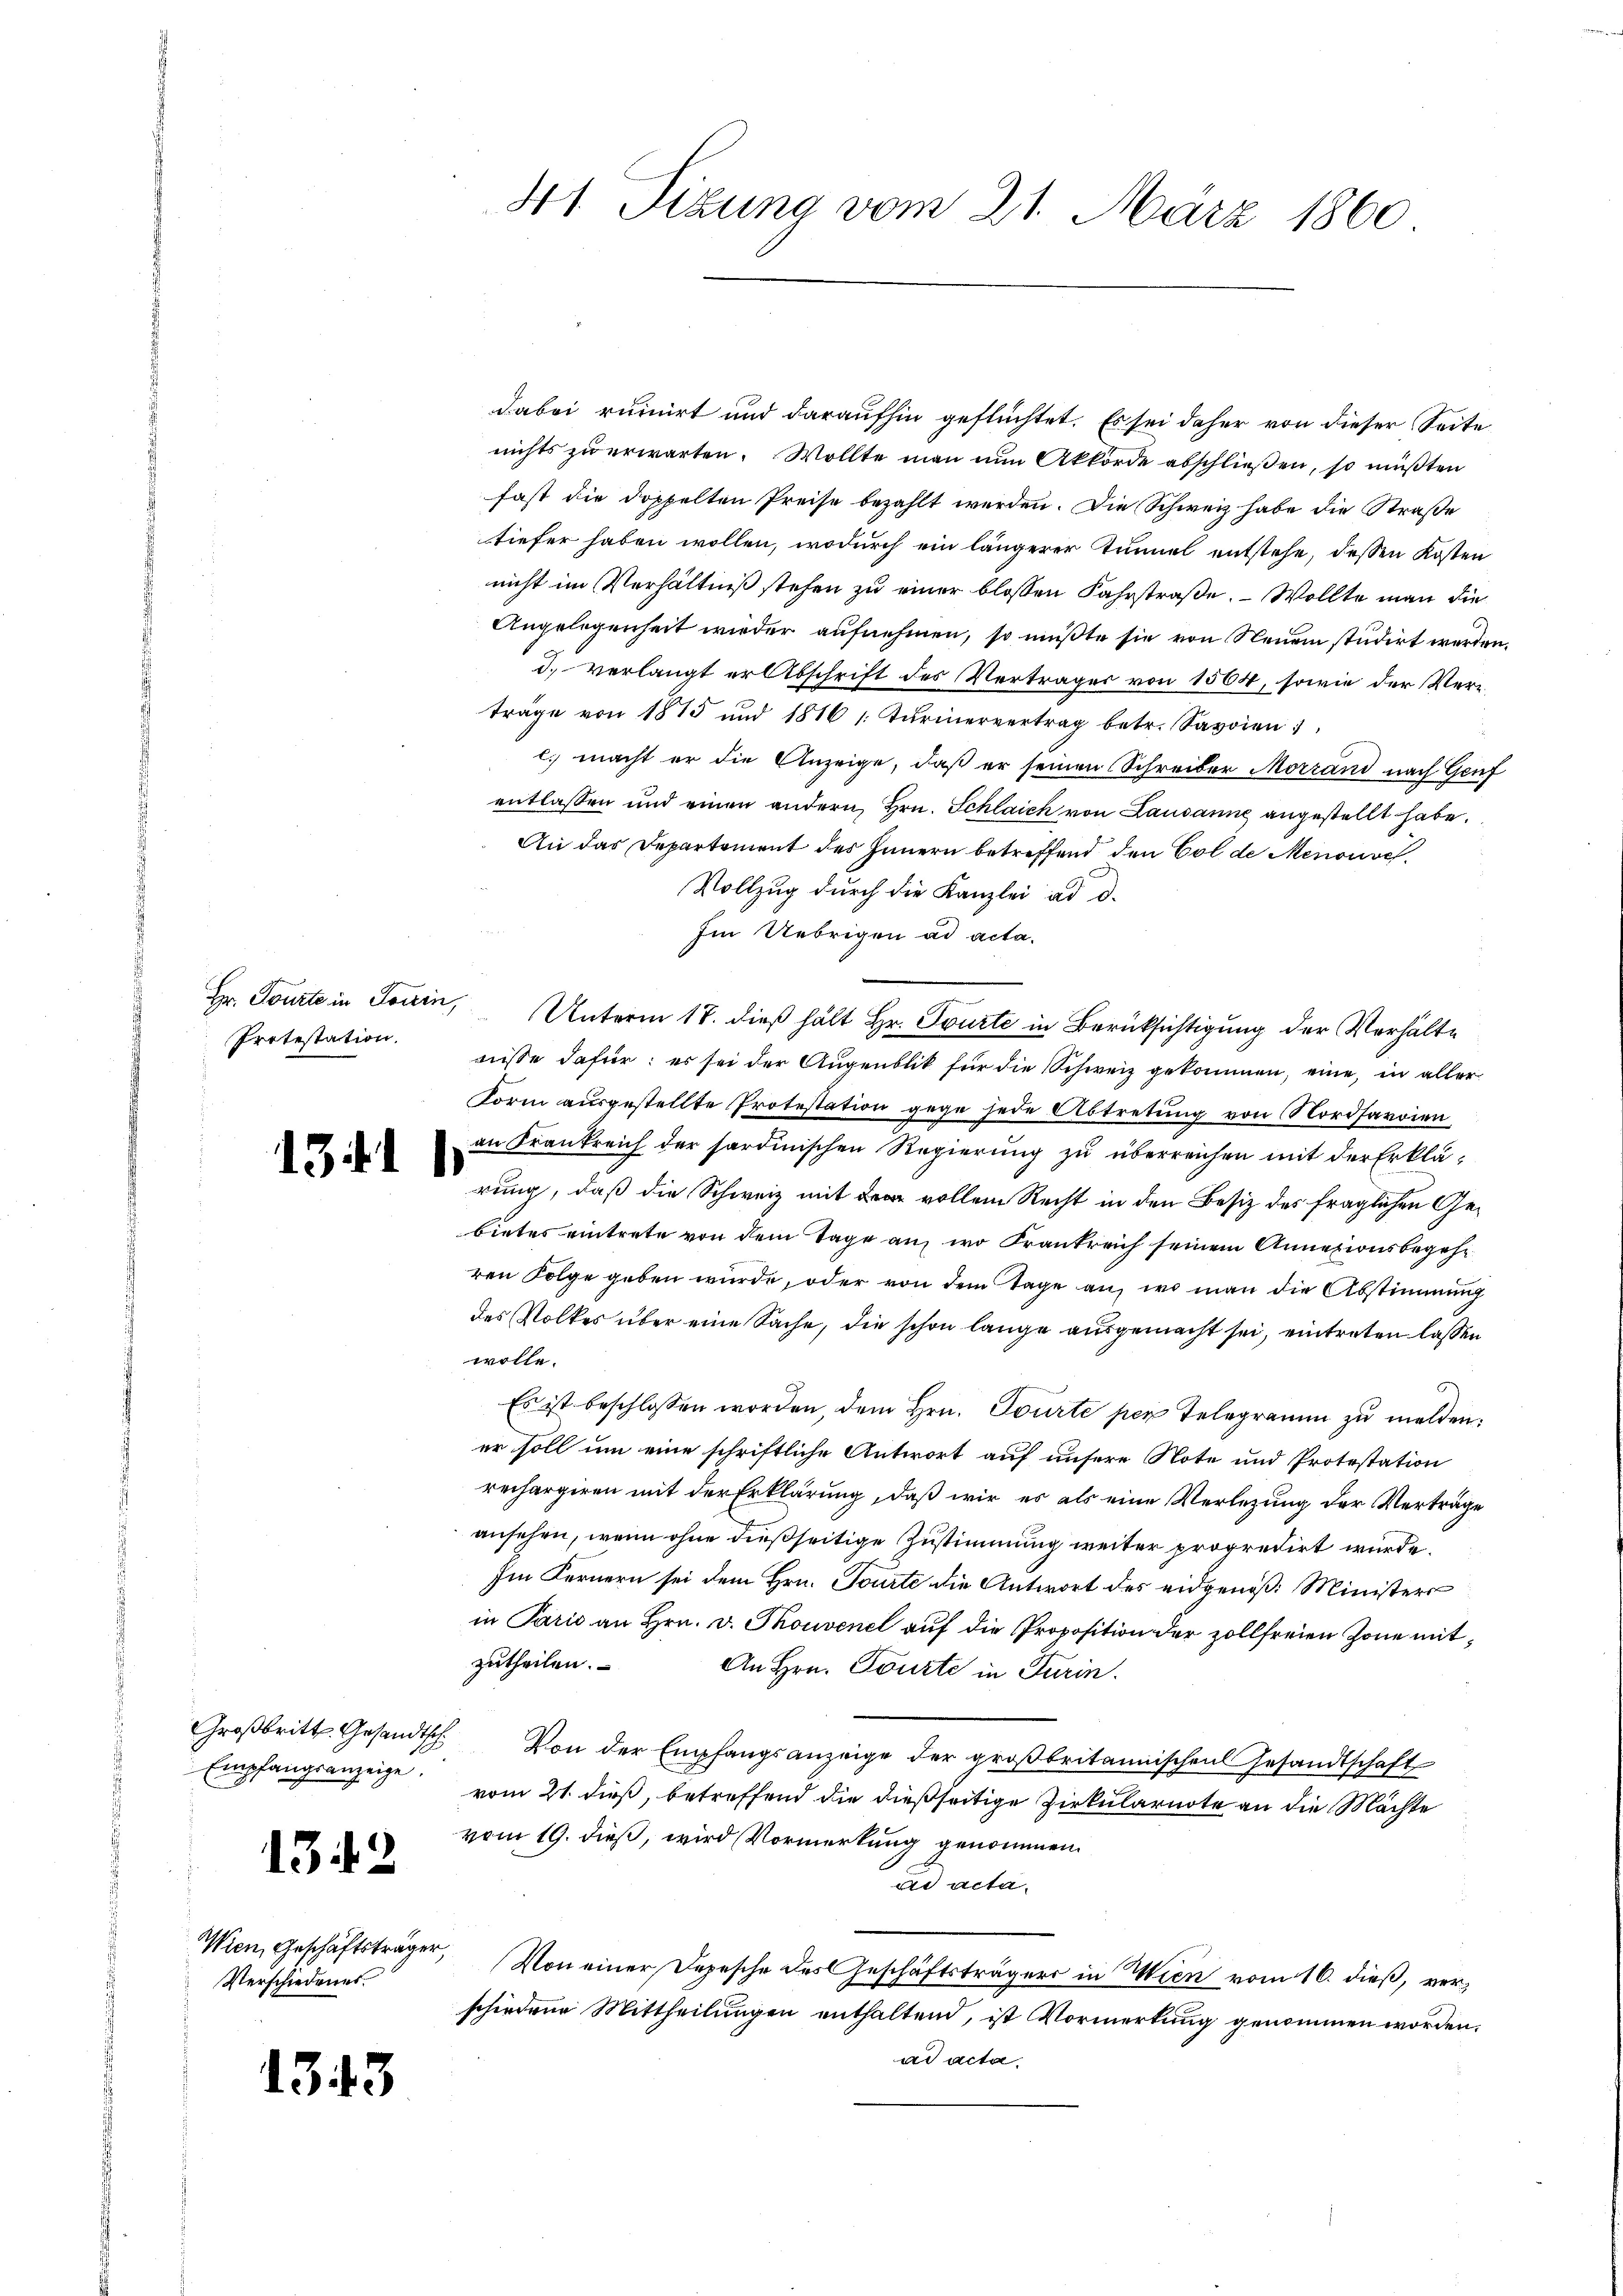
Protestation.

131)

Empfangsanzeige.

1342

Wien, Geschäftsträger,
Verschiedenes.

1343

dabei ruinirt und daraufhin geflüchtet. Es sei daher von dieser Seite
nichts zu erwarten. Wollte man nun Akkorde abschließen, so müßten
fast die doppelten Preise bezahlt werden. Die Schweiz habe die Straße
tiefer haben wollen, wodurch ein längerer Tunnel entstehe, deßen Kosten
nicht im Verhältniß stehen zu einer blossen Fahrstraße. Wollte man die
Angelegenheit wieder aufnehmen, so müßte sie von Neuem studirt werden.
d. verlangt er Abschrift des Vertrages von 1564, sowie der Verträge von 1875 und 1816 s. Turinervertrag betr. Savoien
l. macht er die Anzeige, daß er seinen Schreiber Morrand nach Genf
entlassen und einen andern, Hrn. Schlaich von Lausanne angestellt habe.
An das Departement des Innern betreffend den Col de Menouve
Vollzug durch die Kanzlei ad d.
Im Uebrigen ad acta.
Hr. Tourte in Louin, Unterm 17. dieß hält Hr. Tourte in Berüksichtigung der Verhältnisse dafür: es sei der Augenblik für die Schweiz gekommen, eine, in aller
Form ausgestellte Protestation gegen jede Abtretung von Nordharoien
an Frankreich der sardinischen Regierung zu überreichen mit der Erklärung, daß die Schweiz mit der vollem Recht in den Besiz des fraglichen Gebietes eintrete von dem Tage an, wo Frankreich seinem Annazionsbegehr
ren Folge geben wurde, oder von dem Tage an, wo man die Abstimmung
des Volkes über eine Sache, die schon lange ausgemacht sei, eintreten lassen
wolle.
6
Es ist beschlossen worden, dem Hrn. Tourte per Telegramm zu melden:
er soll um eine schriftliche Antwort auf unsere Note und Protestation
rechargiren mit der Erklärung, daß wir es als eine Verlegung der Verträge
ansehen, wenn ohne dießseitige Zustimmung weiter propredirt wurde.
Im Fernern sei dem Hrn. Tourte die Antwort des eidgenöß: Ministers
in Paris an Hrn. v. Thouvenel auf die Proposition der zollfreien Zone mitzutheilen.
An Hrn. Tourte in Turin.
Groβbritt. Gesandtsch. Von der Empfangsanzeige der großbritannischen Gesandtschaft
vom 21. dieß, betreffend die dießseitige Zirkularnote an die Mächte
vom 19. dieß, wird Vormerkung genommen.
ad acta.
Von einer Depesche des Geschäftsträgers in Wien vom 16. dieß, verschiedene Mittheilungen enthaltend, ist Vormerkung genommen worden.
ad acta.

41. Sizung vom 21. März 1860